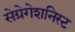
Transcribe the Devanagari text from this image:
सेग्रेगेशनिस्ट